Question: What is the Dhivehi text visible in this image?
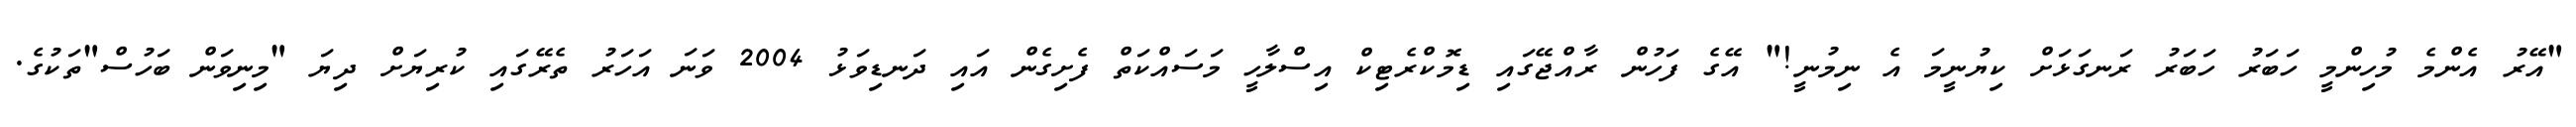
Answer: "އޭރު އެންމެ މުހިންމީ ހަބަރު ހަބަރު ރަނގަޅަށް ކިޔުނީމަ އެ ނިމުނީ!" އޭގެ ފަހުން ރާއްޖޭގައި ޑިމޮކްރެޓިކް އިސްލާހީ މަސައްކަތް ފެށިގެން އައި ދަނޑިވަޅު 2004 ވަނަ އަހަރު ތެރޭގައި ކުރިޔަށް ދިޔަ "މިނިވަން ބަހުސް"ތަކުގެ.